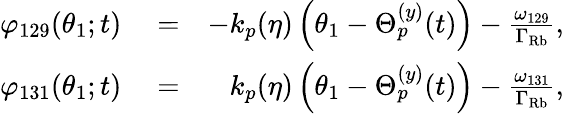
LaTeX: \begin{array}{rlr}{\varphi_{129}(\theta_{1};t)}&{{}=}&{-k_{p}(\eta)\left(\theta_{1}-\Theta_{p}^{(y)}(t)\right)-\frac{\omega_{129}}{\Gamma_{\mathrm{Rb}}},}\\ {\varphi_{131}(\theta_{1};t)}&{{}=}&{k_{p}(\eta)\left(\theta_{1}-\Theta_{p}^{(y)}(t)\right)-\frac{\omega_{131}}{\Gamma_{\mathrm{Rb}}},}\end{array}